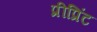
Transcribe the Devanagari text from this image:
प्रीप्रिंट